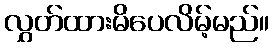
လွှတ်ထားမိပေလိမ့်မည်။